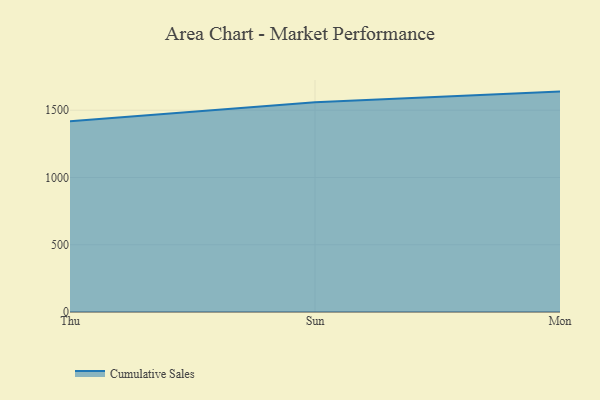
{"axis": {"x": "Day", "y": "Page Views"}, "legend": ["Cumulative Sales"], "data": [{"x": "Thu", "y": 1417.3, "type": "Cumulative Sales"}, {"x": "Sun", "y": 1558.4, "type": "Cumulative Sales"}, {"x": "Mon", "y": 1638.4, "type": "Cumulative Sales"}]}